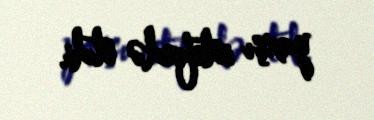
yaxşı istifadə etdi.